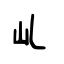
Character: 乢